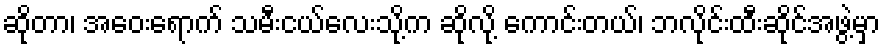
ဆိုတာ၊ အဝေးရောက် သမီးငယ်လေးသို့က ဆိုလို့ ကောင်းတယ်၊ ဘလိုင်းထီးဆိုင်အဖွဲ့မှာ